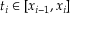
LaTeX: t _ { i } \in [ x _ { i - 1 } , x _ { i } ]